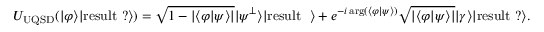
U _ { \mathrm { U Q S D } } ( | \varphi \rangle | { \mathrm { r e s u l t ~ ? } } \rangle ) = { \sqrt { 1 - | \langle \varphi | \psi \rangle | } } | \psi ^ { \perp } \rangle | { \mathrm { r e s u l t ~ φ } } \rangle + e ^ { - i \arg ( \langle \varphi | \psi \rangle ) } { \sqrt { | \langle \varphi | \psi \rangle | } } | \gamma \rangle | { \mathrm { r e s u l t ~ ? } } \rangle .